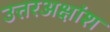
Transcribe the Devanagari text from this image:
उत्तरअक्षांश